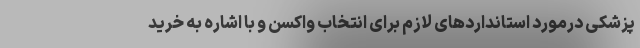
پزشکی درمورد استانداردهای لازم برای انتخاب واکسن و با اشاره به خرید